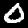
Digit: 0